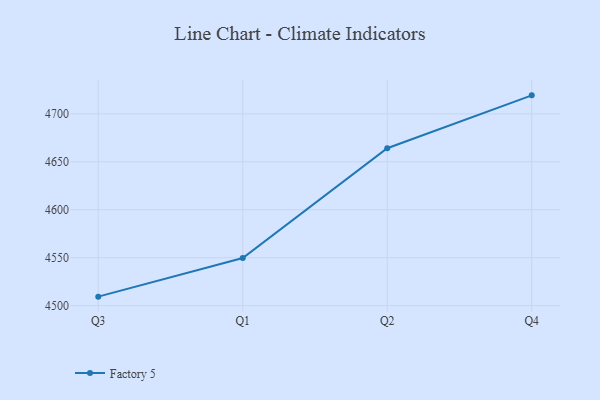
{"axis": {"x": "Quarter", "y": "Revenue (USD Million)"}, "legend": ["Factory 5"], "data": [{"x": "Q3", "y": 4509.4, "type": "Factory 5"}, {"x": "Q1", "y": 4549.7, "type": "Factory 5"}, {"x": "Q2", "y": 4664.2, "type": "Factory 5"}, {"x": "Q4", "y": 4719.3, "type": "Factory 5"}]}